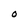
Character: O